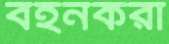
বহনকরা